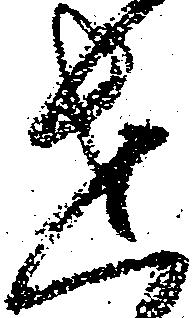
せ